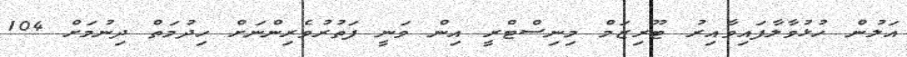
އަލުން ހުޅުވާލާފައިވާއިރު ޓޫރިޒަމް މިނިސްޓްރީ އިން ވަނީ ފަތުރުވެރިންނަށް ހިދުމަތް ދިނުމަށް 104